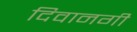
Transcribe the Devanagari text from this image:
दिवानगी